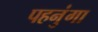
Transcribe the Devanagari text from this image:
पहनुंगा